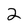
Character: 2